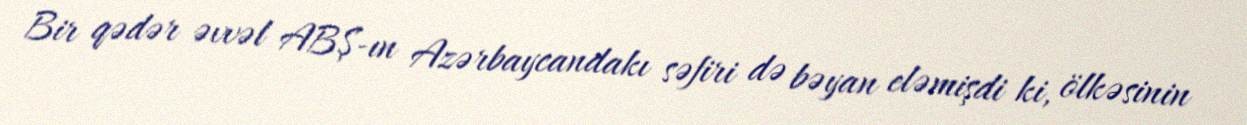
Bir qədər əvvəl ABŞ-ın Azərbaycandakı səfiri də bəyan eləmişdi ki, ölkəsinin